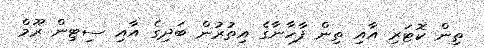
ތިން ކޮޓަރި އާއި ތިން ފާހާނާގެ އިތުރުން ބަދިގެ އާއި ސިޓިން ރޫމް